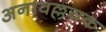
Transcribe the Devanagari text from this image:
अनावल्लयक